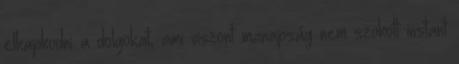
elkapkodni a dolgokat, ami viszont manapság nem szokott instant